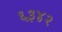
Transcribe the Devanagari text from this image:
६३४२